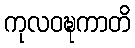
ကုလဝဍ္ဎကာတိ